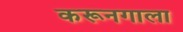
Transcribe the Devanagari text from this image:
करूनगाला